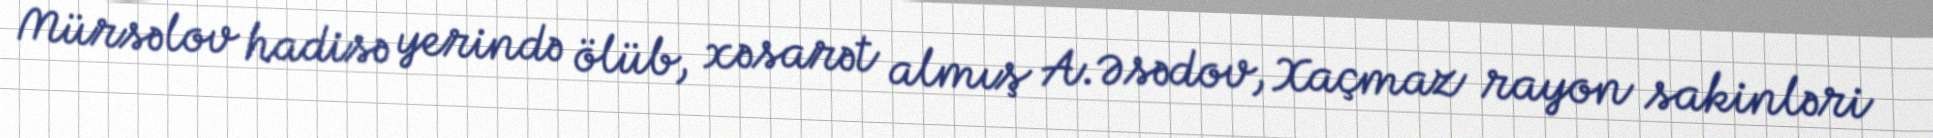
Mürsəlov hadisə yerində ölüb, xəsarət almış A.Əsədov, Xaçmaz rayon sakinləri